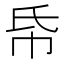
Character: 帋